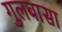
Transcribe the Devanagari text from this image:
गुलबासा